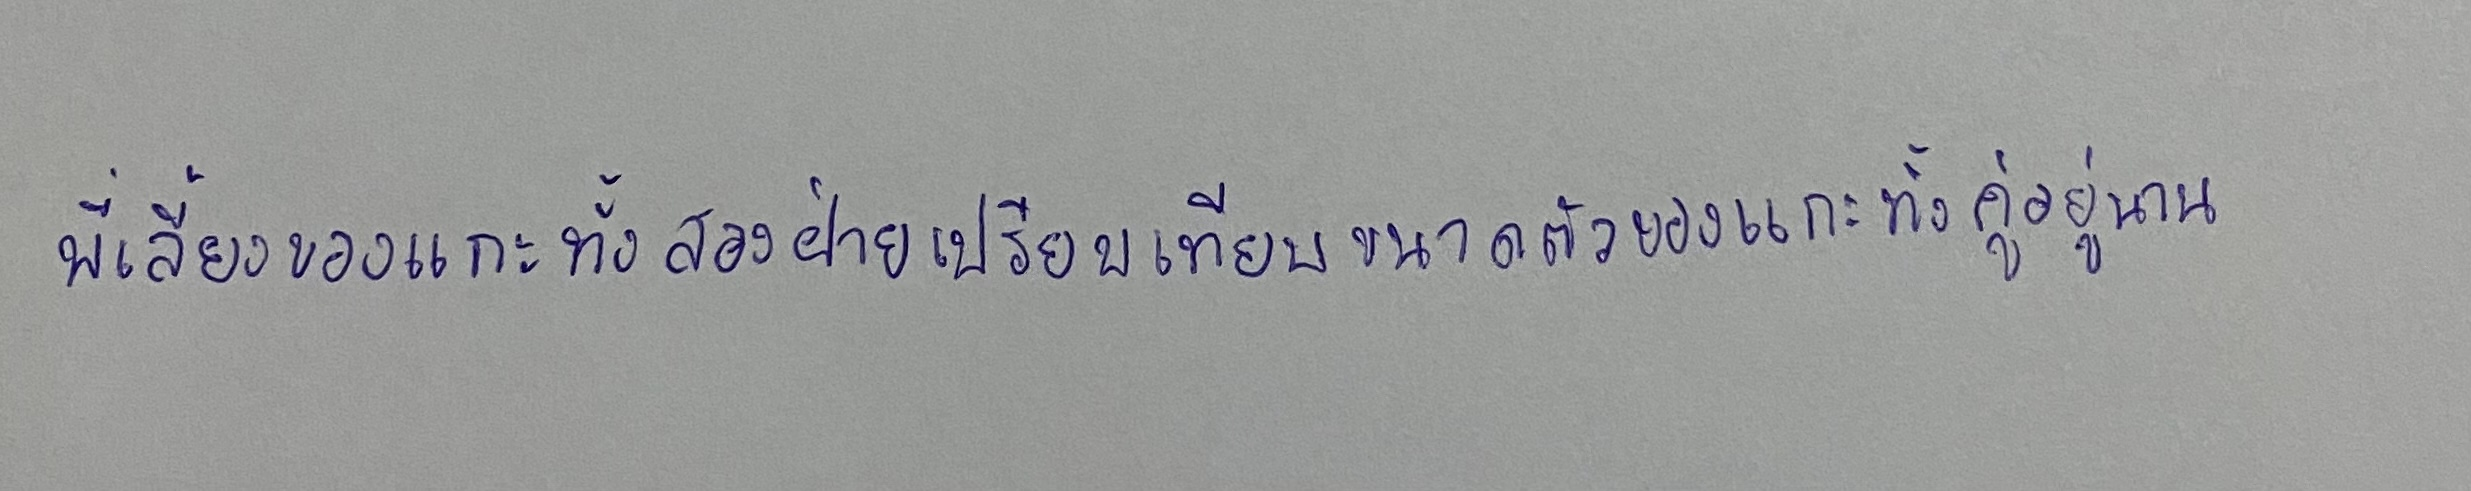
พี่เลี้ยงของแกะทั้งสองฝ่ายเปรียบเทียบขนาดตัวของแกะทั้งคู่อยู่นาน